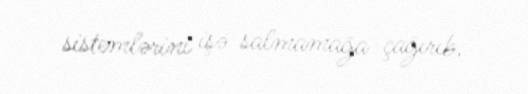
sistemlərini işə salmamağa çağırıb.